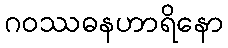
ဂဝဿဓနဟာရိနော